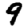
Digit: 9